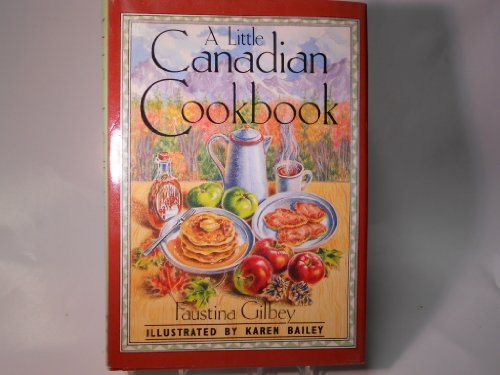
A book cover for Little Canadian Cookbook (Little Book Series); Faustina Gilbey; Cookbooks, Food & Wine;